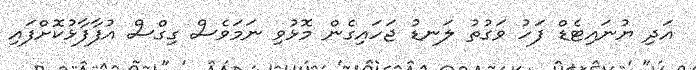
އަދި ޔުނައިޓެޑް ފަހު ވަގުތު ލަނޑު ޖަހައިގެން މޮޅުވި ނަމަވެސް ގިގްސް އުފާފާޅުކޮށްފައި